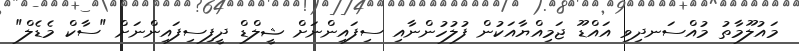
މައުލޫމާތު މުއްސަނދިވި އައްޑޫ ޖަމިއްޔާއަކުން ފުލުހުންނާއި ސިފައިންނަށް ޝީލްޑް ދީފިސިފައިންނަށް "ސާކް މެޑެލް"